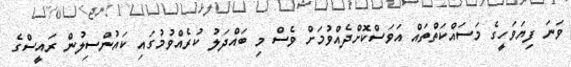
ވަނަ ފިޔަވަހީގެ މަސައްކަތްތައް އަވަސްކޮށްދެއްވުމަށް ވެސް މި ބައްދަލު ކުރެއްވުމުގައި ކައުންސިލުން ރައީސްގެ